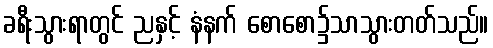
ခရီးသွားရာတွင် ညနှင့် နံနက် စောစော၌သာသွားတတ်သည်။